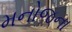
મનોજના